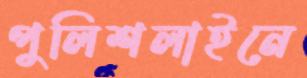
পুলিশলাইনে